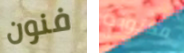
فنون مكتوبة